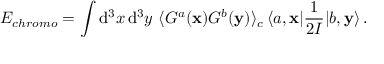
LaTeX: E _ { c h r o m o } = \int \mathrm { d } ^ { 3 } x \, \mathrm { d } ^ { 3 } y \, \, \langle { \cal G } ^ { a } ( { \bf x } ) { \cal G } ^ { b } ( { \bf y } ) \rangle _ { c } \, \langle a , { \bf x } | \frac { 1 } { 2 { \cal I } } | b , { \bf y } \rangle \, .